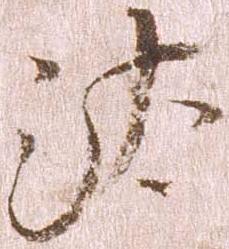
汰